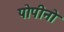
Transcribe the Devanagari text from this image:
पोपीनो